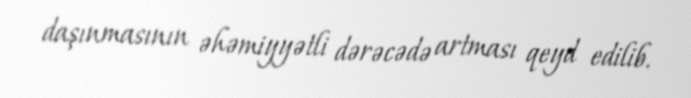
daşınmasının əhəmiyyətli dərəcədə artması qeyd edilib.